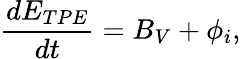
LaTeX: \frac{dE_{TPE}}{dt}=B_{V}+\phi_{i},